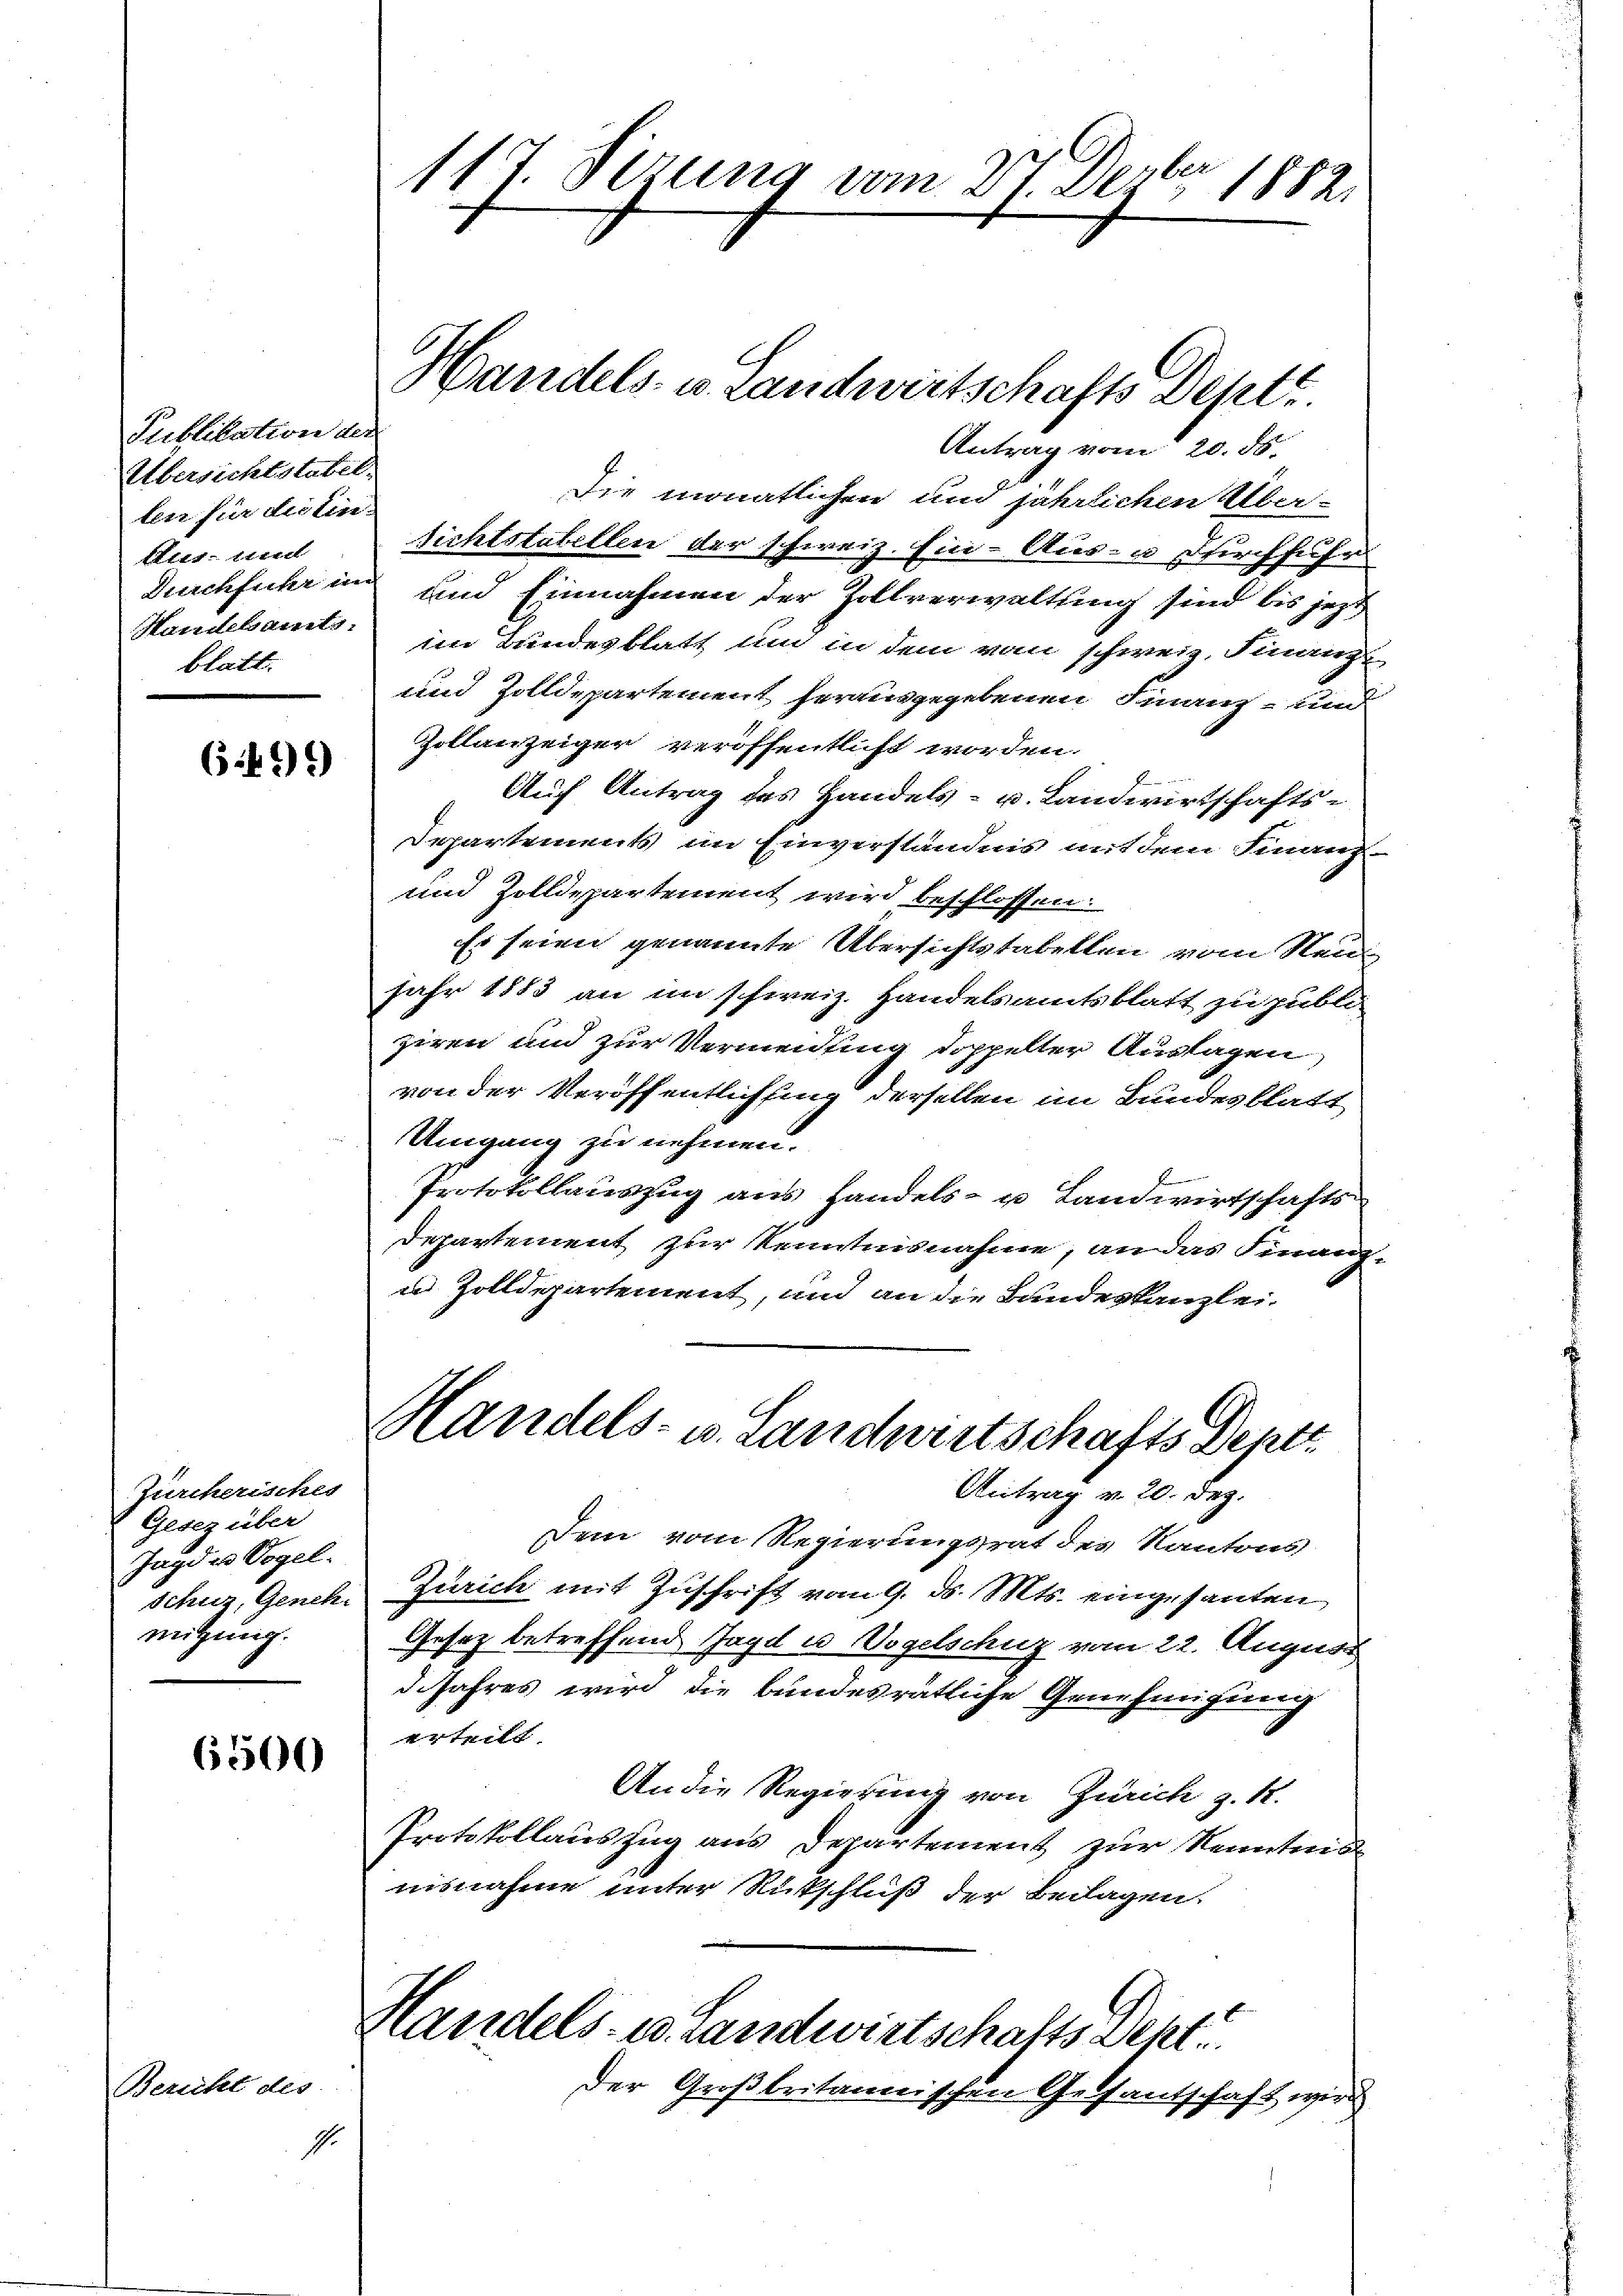
Publikation der
Übersichtstatit.
ten für dictin-
Etes- und
Durchfuhr in
Handesamts.
blatt.

Bericht des

(5:2) 2)

Zürcherisches
Gesez über
Jagd in Vogel.
Schus, Geneh.
mitzung.

6500

1.

1
117. Sirung vom 27. Dezbr. 1882.

Antrag vom 20. 55.
Die monatlichen und jährlichen Über-
sichtstabellen der schweiz. Ein- Aus- u. durchfuhr
und Einnahmen der Zollverwaltung sind bis jezt
im Bundesblatt um in dem vom schweiz. Finanz
und Zolldepartement herausgegebenen Finanz- um
Zollanzeiger veröffentlicht worden.
Auf Antrag des Handels- u. Landwirtschafts-
Departements im Einverständnis mit dem Finanz-
und Zolldepartement wird beschlossen:
Es seien genannte Übersichtstabellen vom Neu
Jahr 1883 an im schweiz. Handelsamtsblatt zu publi
ziren und zur Vermeidling doppelter Auslagen
von der Veröffentlich sing derselben im Bundesblatt
Umgang zu nehmen.
Protokollauszug aus Handels- u Landwirtschafts
departement zur Kenntnisnahme, an das Finan
n Zolldepartement, und an die Bundeskanzlei-
Handels- u. Landwirtschafts Deptr.
Antrag v. 20. Dez.
Dem vom Regierungsrat des Kantons-
Zürich mit Zuschrift vom 9. ds. Mts. eingesanten
Gesez betreffend Jagd in Vogelschuz vom 22. August
d.Jahres wird die bundesrätliche Genehmigung
 teile
An die Regierung von Zürich z. R.
Protokollauszug aus Departement zur Kenntnis
nisnahme unter Rückschluß der Beilagen.

Handels- u. Landwirtschafts Deptr.

Handels- u. Landwirtschafts Sept.

der Großbritanischen Gesantschaft wird